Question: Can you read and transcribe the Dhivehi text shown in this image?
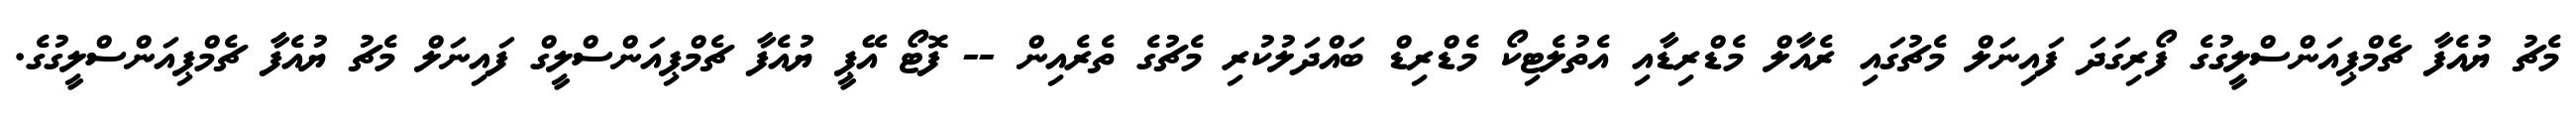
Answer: މެޗު ޔުއެފާ ޗެމްޕިއަންސްލީގުގެ ފޯރިގަދަ ފައިނަލް މެޗުގައި ރެއާލް މެޑްރިޑާއި އެތުލެޓިކޯ މެޑްރިޑް ބައްދަލުކުރި މެޗުގެ ތެރެއިން -- ފޮޓޯ އޭޕީ ޔުއެފާ ޗެމްޕިއަންސްލީގް ފައިނަލް މެޗު ޔުއެފާ ޗެމްޕިއަންސްލީގުގެ.